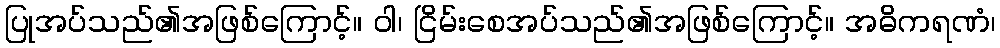
ပြုအပ်သည်၏အဖြစ်ကြောင့်။ ဝါ၊ ငြိမ်းစေအပ်သည်၏အဖြစ်ကြောင့်။ အဓိကရဏံ၊